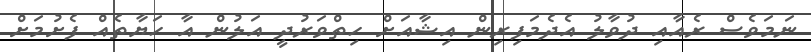
ނަމަވެސް ރެއާއި ދުވާލު އެދެމަފިރިން އިޝާއަށް ހިތްވަރުދީ އަލުން އާ ހަޔާތެއް ފެށުމަށް